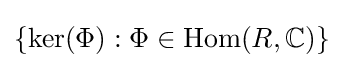
\{\ker(\Phi ):\Phi \in \operatorname {Hom} (R,\mathbb {C} )\}